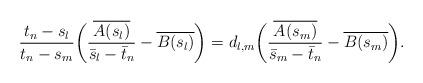
LaTeX: \begin{align*}\frac{t_n-s_l}{t_n -s_m} \bigg( \frac{\overline{A(s_l)}}{\bar s_l-\bar t_n}- \overline{B(s_l)}\bigg) = d_{l,m}\bigg( \frac{\overline{A(s_m)}}{\bar s_m-\bar t_n}- \overline{B(s_m)} \bigg).\end{align*}